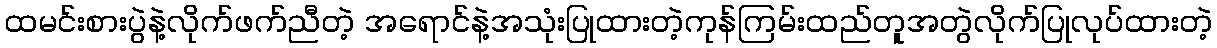
ထမင်းစားပွဲနဲ့လိုက်ဖက်ညီတဲ့ အရောင်နဲ့အသုံးပြုထားတဲ့ကုန်ကြမ်းထည်တူအတွဲလိုက်ပြုလုပ်ထားတဲ့